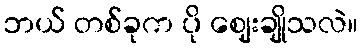
ဘယ် တစ်ခုက ပို ဈေးချိုသလဲ။